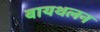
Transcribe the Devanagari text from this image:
बायथलन